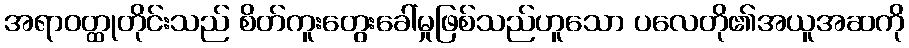
အရာဝတ္ထုတိုင်းသည် စိတ်ကူးတွေးခေါ်မှုဖြစ်သည်ဟူသော ပလေတို၏အယူအဆကို